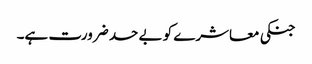
جنکی معاشرے کو بے حد ضرورت ہے۔